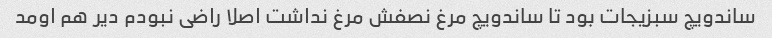
ساندویچ سبزیجات بود تا ساندویچ مرغ نصفش مرغ نداشت اصلا راضی نبودم دیر هم اومد